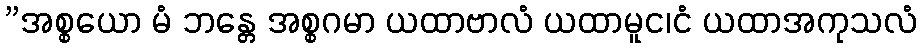
”အစ္စယော မံ ဘန္တေ အစ္စဂမာ ယထာဗာလံ ယထာမူင၊ငံ ယထာအကုသလံ